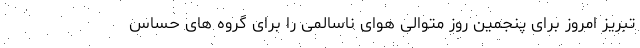
تبریز امروز برای پنجمین روز متوالی هوای ناسالمی را برای گروه های حساس